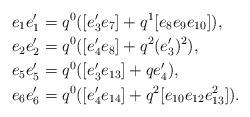
LaTeX: \begin{align*} e_1 e'_1 &= q^0 ([e'_3 e_7] + q^1 [e_8 e_9 e_{10}]), \\ e_2 e'_2 &= q^0 ([e'_4 e_8] + q^2 (e'_3)^2), \\ e_5 e'_5 &= q^0 ([e'_3 e_{13}] + q e'_4), \\ e_6 e'_6 &= q^0 ([e'_4 e_{14}] + q^2 [e_{10} e_{12} e_{13}^2]).\end{align*}